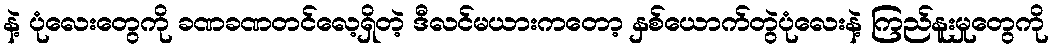
နဲ့ ပုံလေးတွေကို ခဏခဏတင်လေ့ရှိတဲ့ ဒီလင်မယားကတော့ နှစ်ယောက်တွဲပုံလေးနဲ့ ကြည်နူးမှုတွေကို